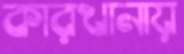
কারখানায়